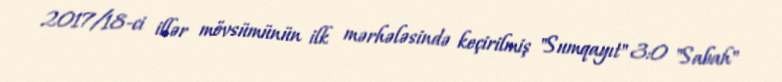
2017/18-ci illər mövsümünün ilk mərhələsində keçirilmiş "Sumqayıt" 3:0 "Sabah"